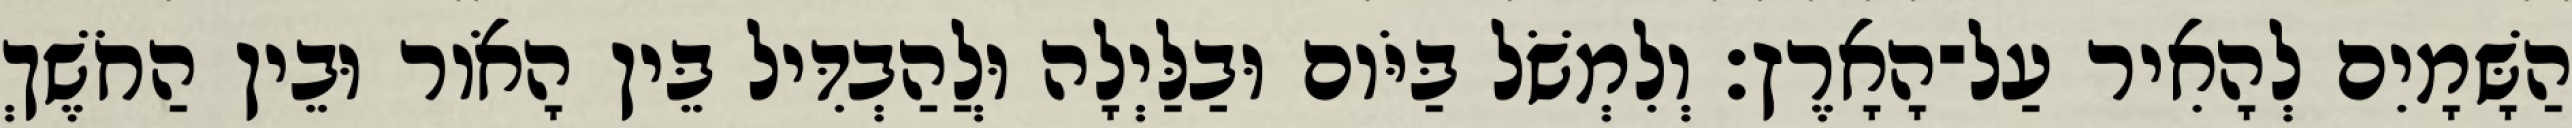
הַשָּׁמָיִם לְהָאִיר עַל־הָאָרֶץ׃ וְלִמְשֹׁל בַּיֹּום וּבַלַּיְלָה וּלֲהַבְדִּיל בֵּין הָאֹור וּבֵין הַחֹשֶׁךְ